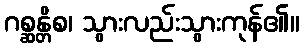
ဂစ္ဆန္တိစ၊ သွားလည်းသွားကုန်၏။